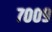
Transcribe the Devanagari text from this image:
७००९